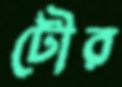
টৌর